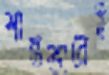
শান্তভাবেই